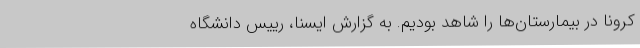
کرونا در بیمارستان‌ها را شاهد بودیم. به گزارش ایسنا، رییس دانشگاه